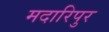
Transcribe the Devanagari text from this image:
मदारिपुर